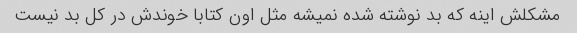
مشکلش اینه که بد نوشته شده نمیشه مثل اون کتابا خوندش در کل بد نیست